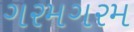
ગરમગરમ